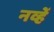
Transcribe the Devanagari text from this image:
नव्हें